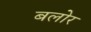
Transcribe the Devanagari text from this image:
बलोर